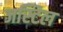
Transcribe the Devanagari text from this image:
जस्टिल